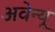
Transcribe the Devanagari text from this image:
अवेन्यू